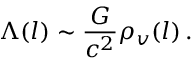
\Lambda ( l ) \sim \frac { G } { c ^ { 2 } } \rho _ { v } ( l ) \, .